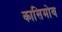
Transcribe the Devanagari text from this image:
कासिमोव